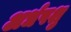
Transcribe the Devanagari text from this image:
अर्धपशु